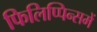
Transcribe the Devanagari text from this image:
फिलिप्पिन्समें